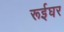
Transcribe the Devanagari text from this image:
रूईघर